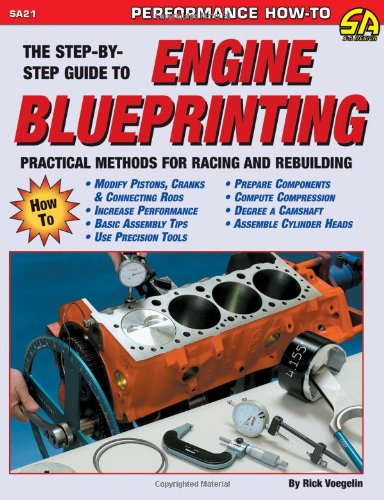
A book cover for Engine Blueprinting: Practical Methods for Racing and Rebuilding (S-A Design) (S-a Design S.); Rick Voegelin; Engineering & Transportation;